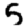
Digit: 5